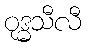
ဝုဒ္ဓသီလီ